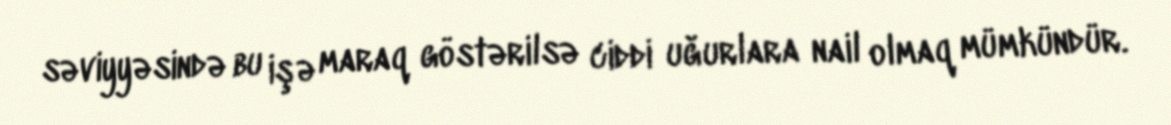
səviyyəsində bu işə maraq göstərilsə ciddi uğurlara nail olmaq mümkündür.